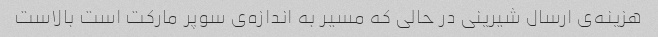
هزینه‌ی ارسال شیرینی در حالی که مسیر به اندازه‌ی سوپر مارکت است بالاست